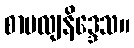
စာပလျနိဒ္ဒေသ။